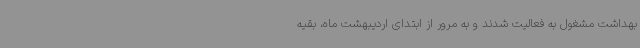
بهداشت مشغول به فعالیت شدند و به مرور از ابتدای اردیبهشت ماه، بقیه